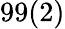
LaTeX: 99(2)